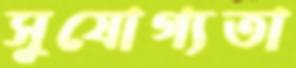
সুযোগ্যতা